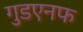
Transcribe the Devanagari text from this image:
गुडएनफ